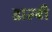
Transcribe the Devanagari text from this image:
डाल्बी